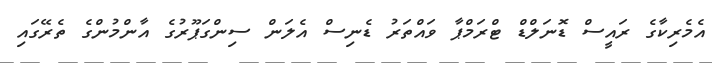
އެމެރިކާގެ ރައީސް ޑޮނަލްޑް ޓްރަމްޕާ ވައްތަރު ޑެނިސް އެލަން ސިންގަޕޫރުގެ އާންމުންގެ ތެރޭގައި